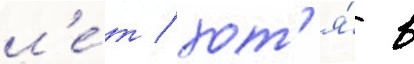
л'е́т / хот'я́ в